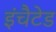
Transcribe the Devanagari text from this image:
इंचैटेड